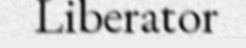
Liberator